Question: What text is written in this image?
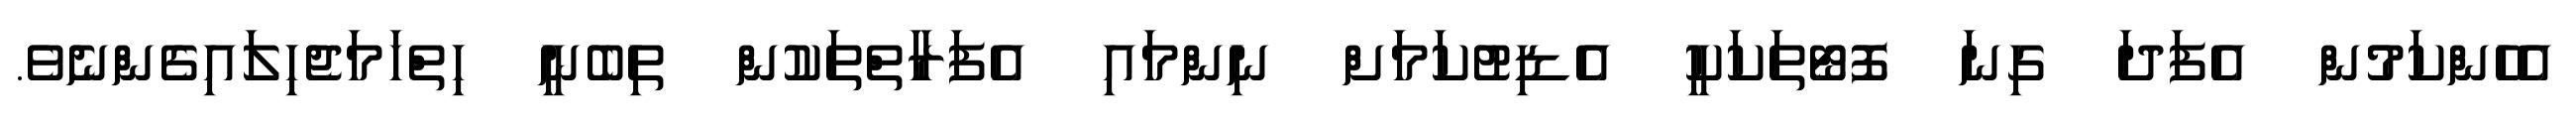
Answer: އެހެންކަމުން އެފަދަ ގިނަ ފޮޓޯތަކަކީ އެޑިޓުކަމަށް ނިންމައި އެފަރާތްތަކުން ތިބެނީ ހިތްހަމަޖެހިލައިގެންނެވެ.